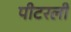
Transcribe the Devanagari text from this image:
पीटरली